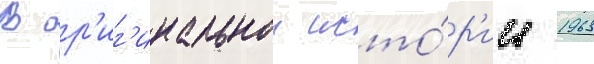
В ор'иг'инальнои исто́р'ии 1963